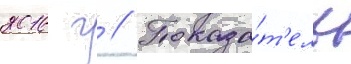
2016 г // Показа́т'ель